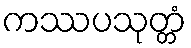
ကဿပသုတ္တံ